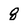
Character: 8